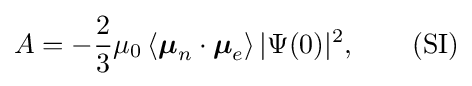
A=-{\frac {2}{3}}\mu _{0}\left\langle {\boldsymbol {\mu }}_{n}\cdot {\boldsymbol {\mu }}_{e}\right\rangle |\Psi (0)|^{2},\qquad {\mbox{(SI)}}